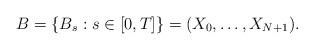
LaTeX: \begin{align*}B=\{B_s: s\in[0,T]\}=(X_0,\ldots,X_{N+1}).\end{align*}